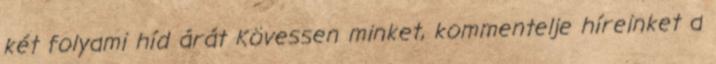
két folyami híd árát Kövessen minket, kommentelje híreinket a